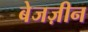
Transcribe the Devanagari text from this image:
बेजज़ीन